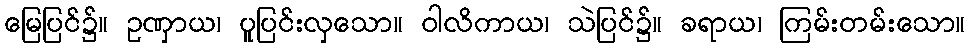
မြေပြင်၌။ ဥဏှာယ၊ ပူပြင်းလှသော။ ဝါလိကာယ၊ သဲပြင်၌။ ခရာယ၊ ကြမ်းတမ်းသော။